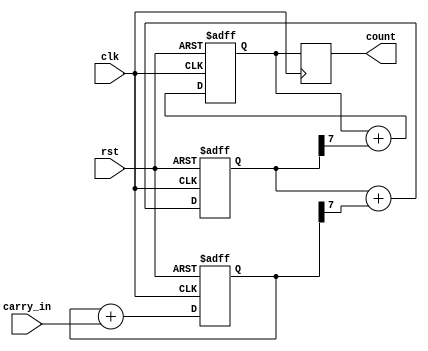
module cascaded_counter(
    input wire clk,  // Clock signal
    input wire rst,  // Reset signal
    input wire carry_in,  // Input carry signal
    output reg [7:0] count  // Output count value
);
  
  reg [7:0] count_block1;  // Count value for block 1
  reg [7:0] count_block2;  // Count value for block 2
  reg [7:0] count_block3;  // Count value for block 3
  
  // Sequential logic block 1
  always @(posedge clk or posedge rst) begin
    if (rst) begin
      count_block1 <= 8'b0;
    end else begin
      count_block1 <= count_block1 + carry_in;
    end
  end
  
  // Sequential logic block 2
  always @(posedge clk or posedge rst) begin
    if (rst) begin
      count_block2 <= 8'b0;
    end else begin
      count_block2 <= count_block2 + (count_block1[7]);
    end
  end
  
  // Sequential logic block 3
  always @(posedge clk or posedge rst) begin
    if (rst) begin
      count_block3 <= 8'b0;
    end else begin
      count_block3 <= count_block3 + (count_block2[7]);
    end
  end
  
  // Output count value
  always @(posedge clk) begin
    count <= count_block3;
  end
  
endmodule